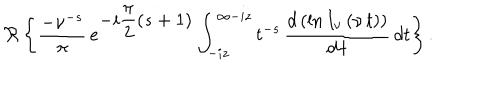
LaTeX: \Re \left\{ \frac { - \nu ^ { - s } } { \pi } \, e ^ { \displaystyle { - i \frac { \pi } { 2 } ( s + 1 ) } } \int _ { - i z } ^ { \infty - i z } t ^ { - s } \, \displaystyle { \frac { d \left( \ln { I _ { \nu } \left( \nu \, t \right) } \right) } { d \, t } } \, d t \right\} .